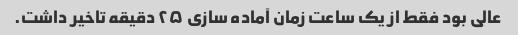
عالی بود فقط از یک ساعت زمان آماده سازی ۲۵ دقیقه تاخیر داشت.